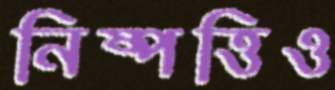
নিষ্পত্তিও